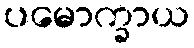
ပမောက္ခာယ